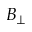
B _ { \perp }